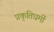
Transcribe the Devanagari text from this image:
प्रकृतिधर्मी